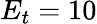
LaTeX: E_{t}=10